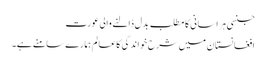
جنسی ہراسانی کا مطلب بدل ڈالنے والی عورت
افغانستان میں شرح خواندگی کاعالم ہمارے سامنے ہے۔